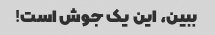
ببین، این یک جوش است!